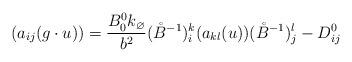
LaTeX: \begin{align*} (a_{ij}(g\cdot u)) = \frac{B_0^0 k_\varnothing}{b^2}(\mathring{B}^{-1})_i^k(a_{kl}(u))(\mathring{B}^{-1})_j^l - D^0_{ij}\end{align*}